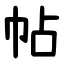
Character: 帖